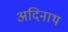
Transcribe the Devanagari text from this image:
अदिनाथ